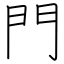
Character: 門